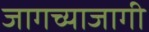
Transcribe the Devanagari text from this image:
जागच्याजागी